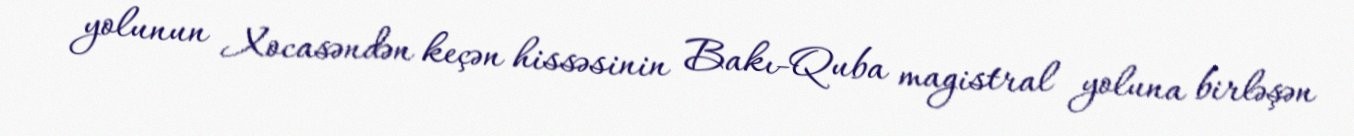
yolunun Xocasəndən keçən hissəsinin Bakı-Quba magistral yoluna birləşən